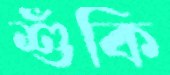
শুঁকি